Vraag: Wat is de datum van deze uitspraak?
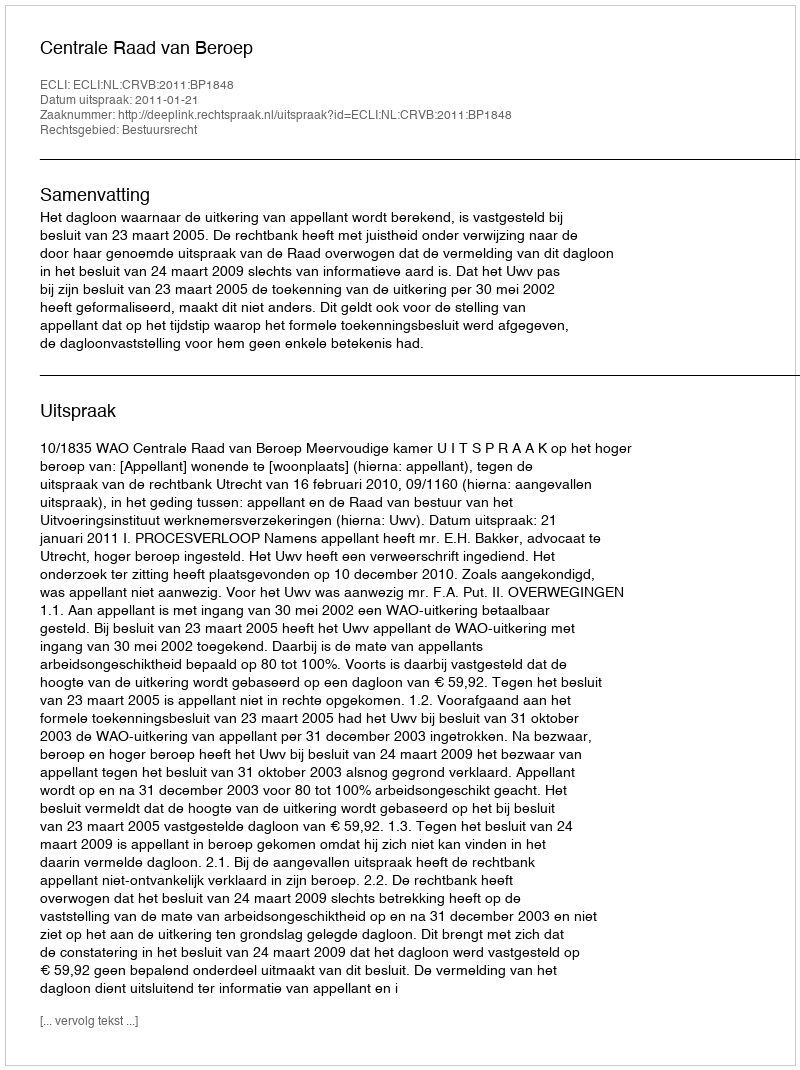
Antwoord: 2011-01-21